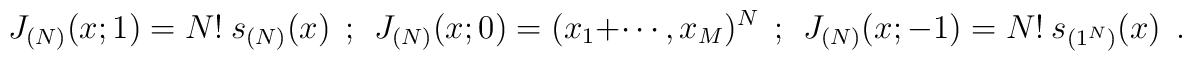
J_{(N)} (x;1) = N!~s_{(N)}(x)~~;~~J_{(N)} (x;0) = (x_1+\cdots,x_M)^N ~~;~~J_{(N)} (x;-1) = N!~s_{(1^N)}(x)~~.